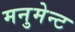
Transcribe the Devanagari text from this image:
मनुमेन्ट